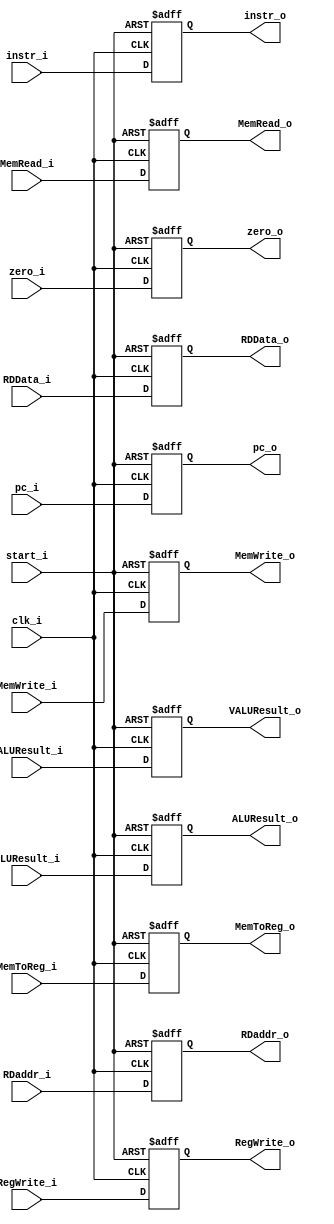
////                                                              ////
////  RISC-V Designe                                              ////
////                                                              ////
////  https://github.com/Abdelazeem201                            ////
////                                                              ////
////  Description                                                 ////
////  Designed RTL of RISC-V system in Verilog                    ////
////                                                              ////
////                                                              ////
////  Author(s):                                                  ////
////      - Ahmed Abdelazeen, ahmed-abdelazeem@outlook.com        ////
////                                                              ////
//////////////////////////////////////////////////////////////////////

module EX_MEM(
	input	wire			clk_i,
	input	wire			start_i,
	input	wire	[31:0]	pc_i,
	input	wire			zero_i,
	input	wire	[31:0]	ALUResult_i,
    input	wire	[31:0]	VALUResult_i, 
	input	wire	[31:0]	RDData_i,
	input	wire	[4:0]	RDaddr_i,
	input	wire			RegWrite_i,
	input	wire			MemToReg_i,
	input	wire			MemRead_i,
	input	wire			MemWrite_i,
	input	wire	[31:0]	instr_i,
	output	reg		[31:0]	instr_o,
	output	reg		[31:0]	pc_o,
	output	reg 		 	zero_o,
	output	reg		[31:0]	ALUResult_o,
    output	reg		[31:0]	VALUResult_o, 
	output	reg		[31:0]	RDData_o,
	output	reg		[4:0]	RDaddr_o,
	output	reg				RegWrite_o,
	output	reg				MemToReg_o,
	output	reg				MemRead_o,
	output	reg				MemWrite_o
	);

always@(posedge clk_i or negedge start_i) begin
	if(~start_i) begin
		pc_o <= 0;
		zero_o <= 0;
		ALUResult_o <= 0;
        VALUResult_o <= 0; //NEW
		RDData_o <= 0;
		RDaddr_o <= 0;
		RegWrite_o <= 0;
		MemToReg_o <= 0;
		MemRead_o <= 0;
		MemWrite_o <= 0;
		instr_o	<= 0;
	end
	else begin
		pc_o <= pc_i;
		zero_o <= zero_i;
		ALUResult_o <= ALUResult_i;
        VALUResult_o <= VALUResult_i; //NEW
		RDData_o <= RDData_i;
		RDaddr_o <= RDaddr_i;
		RegWrite_o <= RegWrite_i;
		MemToReg_o <= MemToReg_i;
		MemRead_o <= MemRead_i;
		MemWrite_o <= MemWrite_i;
		instr_o    <= instr_i;
	end
end

endmodule